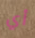
أي